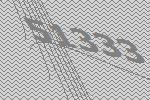
51333